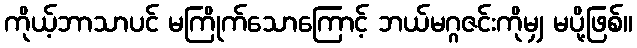
ကိုယ့်ဘာသာပင် မကြိုက်သောကြောင့် ဘယ်မဂ္ဂဇင်းကိုမျှ မပို့ဖြစ်။